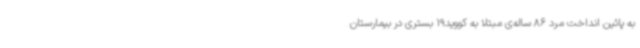
به پائین انداخت مرد 86 ساله‌ی مبتلا به کووید19 بستری در بیمارستان